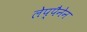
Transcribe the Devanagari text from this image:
लेप्पैनेन